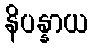
နိပန္နာယ